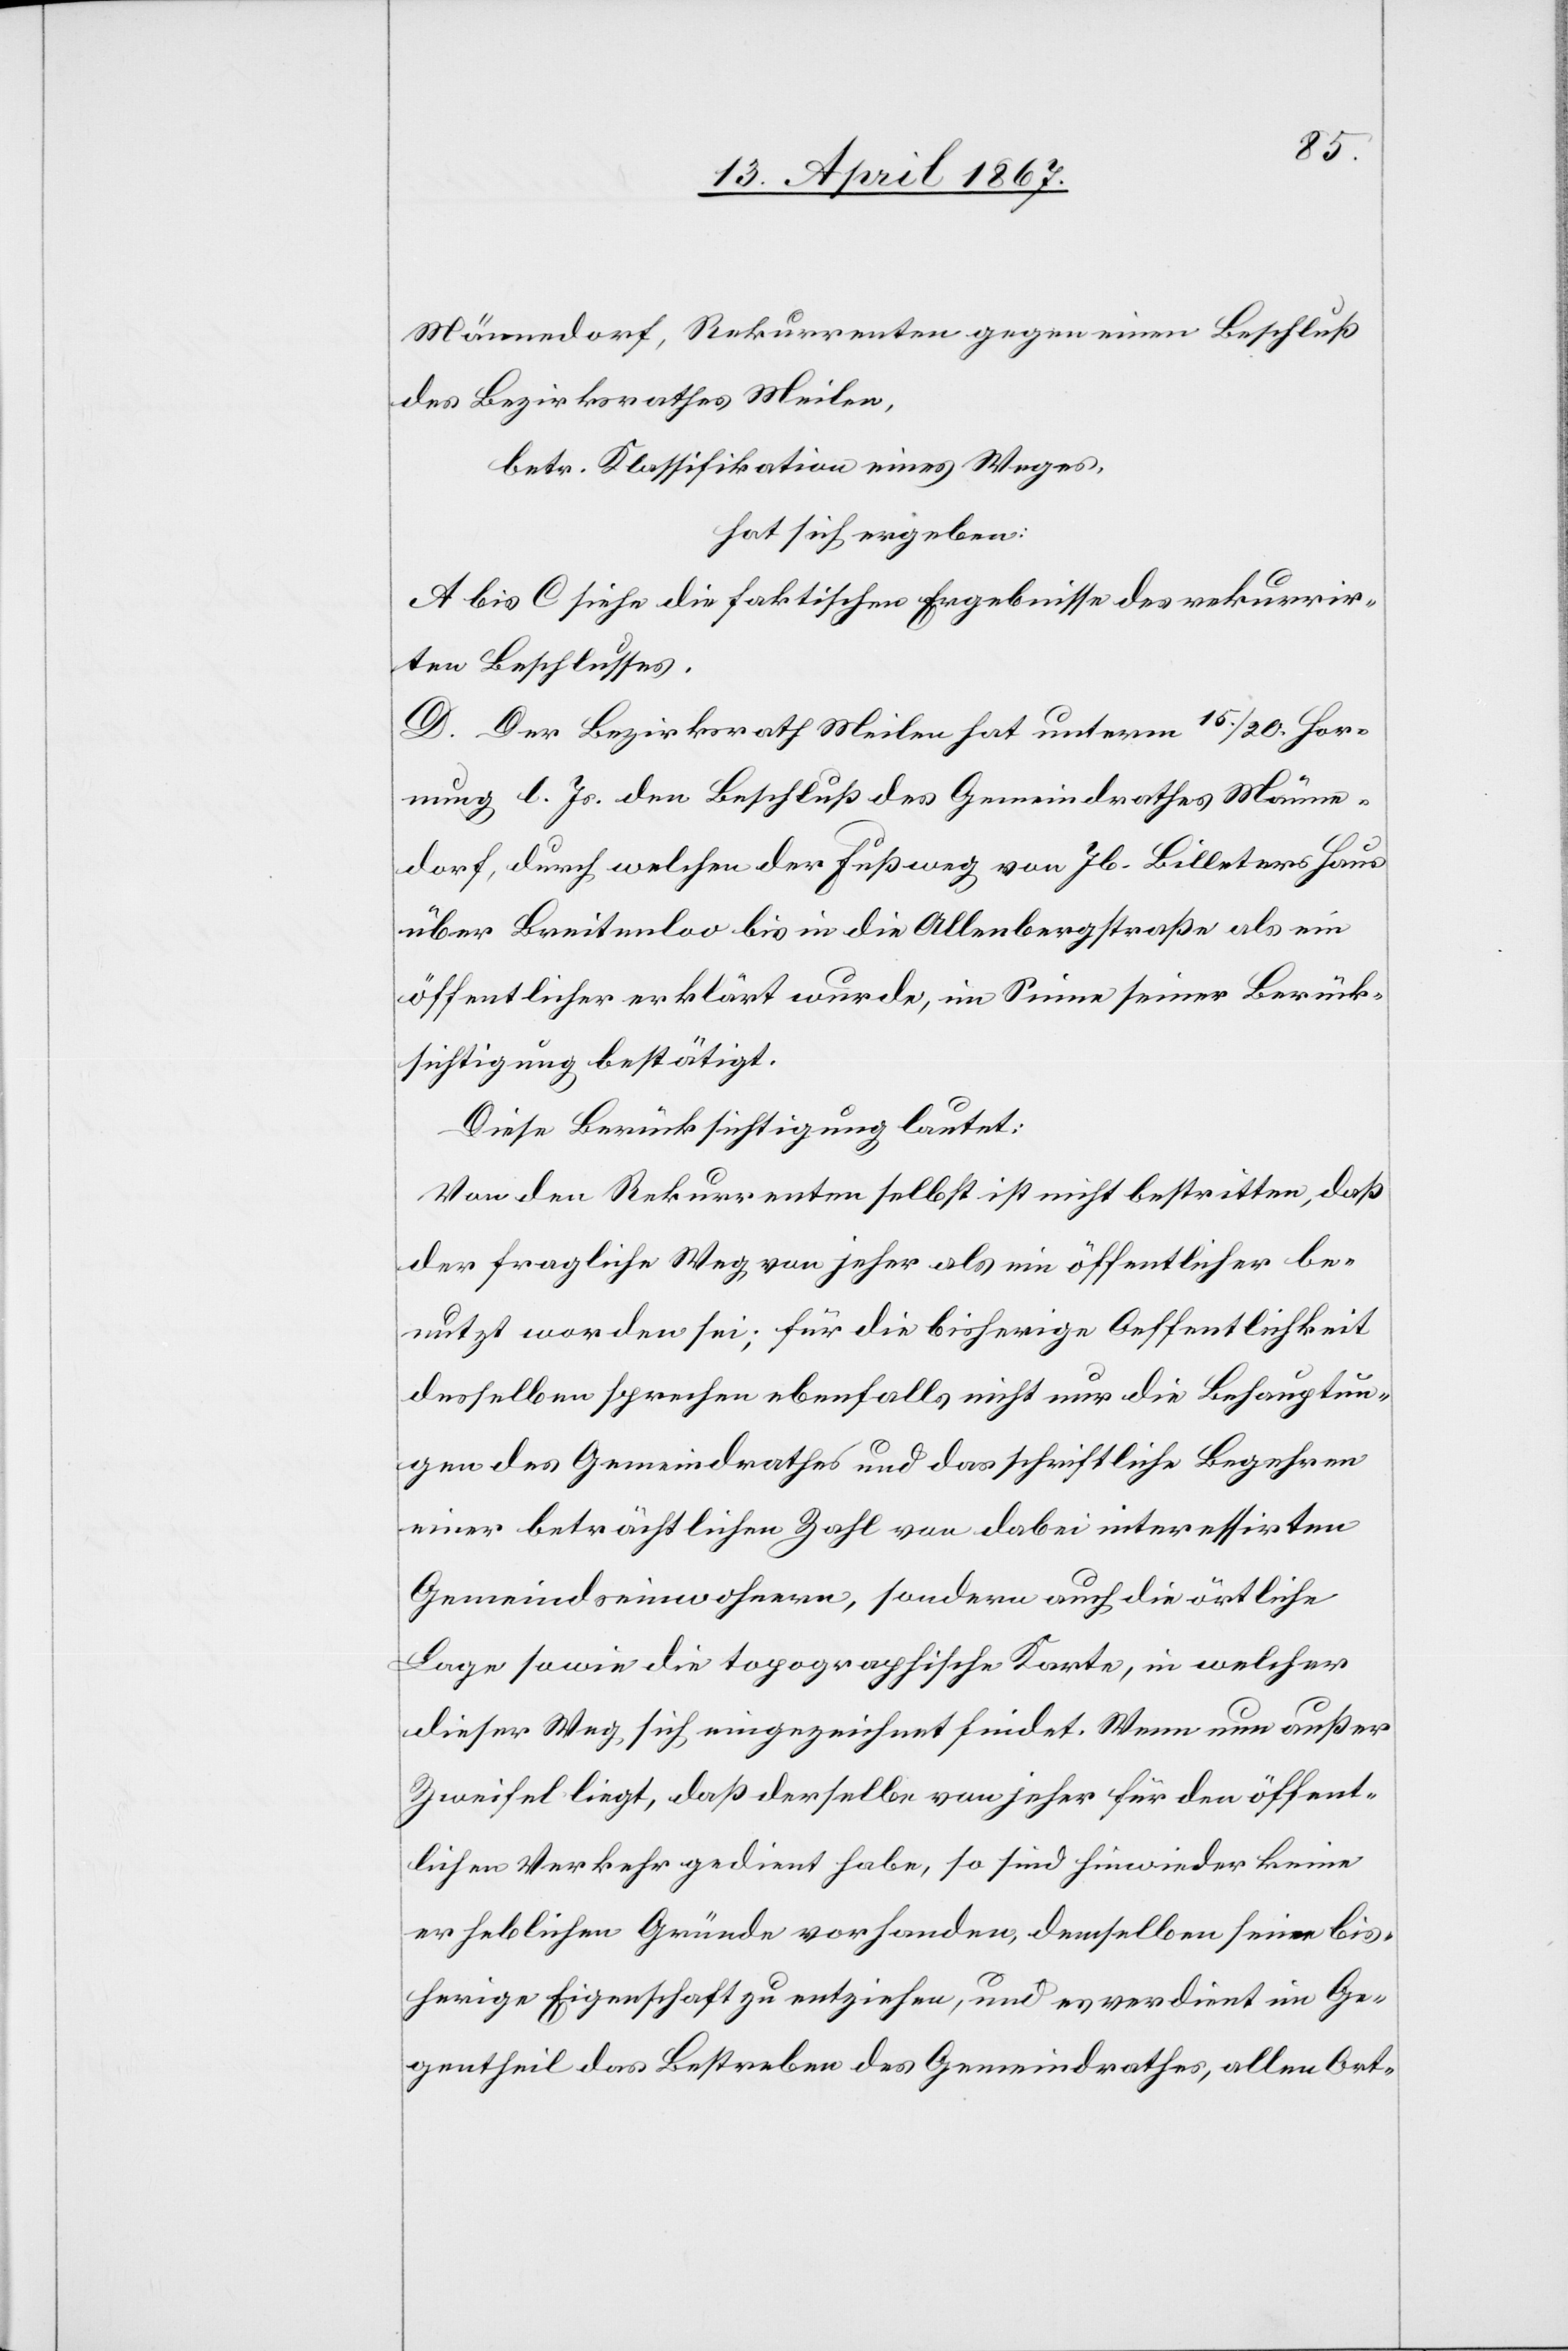
Männedorf, Rekurrenten gegen einen Beschluß
des Bezirksrathes Meilen,
betr. Klassifikation eines Weges,
hat sich ergeben:
A bis C siehe die faktischen Ergebnisse des rekurrir¬
ten Beschlusses.
D. Der Bezirksrath Meilen hat unterm 15. / 20. Hor¬
nung l. Js. den Beschluß des Gemeindrathes Männe¬
dorf, durch welchen der Fußweg von Jb. Billeters Haus
über Breitenloo bis in die Allenbergstraße als ein
öffentlicher erklärt wurde, im Sinne seiner Berück¬
sichtigung bestätigt.
Diese Berücksichtigung lautet:
Von den Rekurrenten selbst ist nicht bestritten, daß
der fragliche Weg von jeher als ein öffentlicher be¬
nutzt worden sei; für die bisherige Oeffentlichkeit
desselben sprechen ebenfalls nicht nur die Behauptun¬
gen des Gemeindrathes und das schriftliche Begehren
einer beträchtlichen Zahl von dabei interessirten
Gemeindseinwohnern, sondern auch die örtliche
Lage sowie die topographische Karte, in welcher
dieser Weg sich eingezeichnet findet. Wenn nun außer
Zweifel liegt, daß derselbe von jeher für den öffent¬
lichen Verkehr gedient habe, so sind hinwieder keine
erheblichen Gründe vorhanden, demselben seine bis¬
herige Eigenschaft zu entziehen, und es verdient im Ge¬
gentheil das Bestreben des Gemeindrathes, allen Ort-